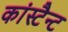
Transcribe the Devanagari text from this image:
कांस्टैन्ट